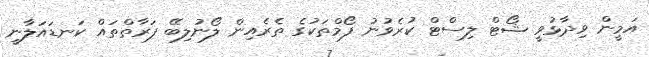
އަމީން ވިދާޅުވީ ޝޯޓް ލިސްޓް ކުރެވުނު ފޯމްތަކުގެ ތެރެއިން ލޯނުލިބޭ ފަރާތްތައް ކަނޑައަލާނީ